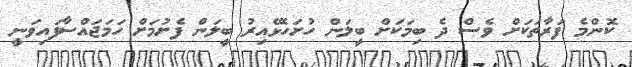
ކޮންމެ ފަރާތަކަށް ވެސް ދެ ބިމަކަށް ބީލަން ހުށަހެޅޭއިރު ބީލަން ފެށުމަށް ހަމަޖައްސާފައިވަނީ